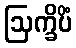
ဩက္ခိပိံ